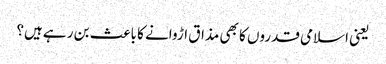
یعنی اسلامی قدروں کا بھی مذاق اڑوانے کا باعث بن ر ہےہیں؟